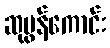
ဆုမွန်ကောင်း